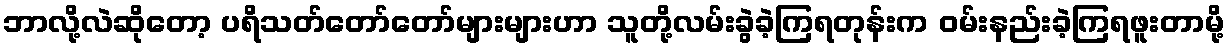
ဘာလို့လဲဆိုတော့ ပရိသတ်တော်တော်များများဟာ သူတို့လမ်းခွဲခဲ့ကြရတုန်းက ၀မ်းနည်းခဲ့ကြရဖူးတာမို့